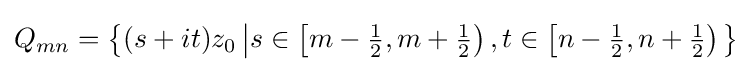
Q_{mn}=\left\{(s+it)z_{0}\left\vert s\in \left[m-{\tfrac {1}{2}},m+{\tfrac {1}{2}}\right),t\in \left[n-{\tfrac {1}{2}},n+{\tfrac {1}{2}}\right)\right.\right\}